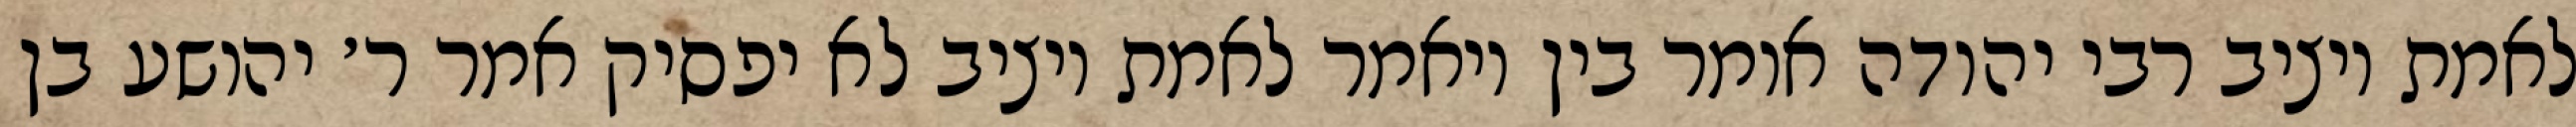
לאמת ויציב רבי יהודה אומר בין ויאמר לאמת ויציב לא יפסיק אמר ר׳ יהושע בן